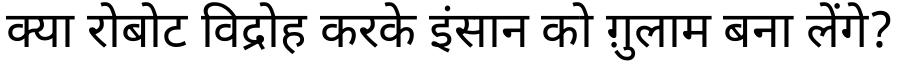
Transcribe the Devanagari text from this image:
क्या रोबोट विद्रोह करके इंसान को ग़ुलाम बना लेंगे?